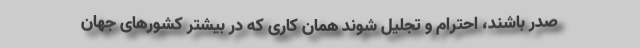
صدر باشند، احترام و تجلیل شوند همان کاری که در بیشتر کشورهای جهان